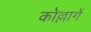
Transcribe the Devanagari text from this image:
कोल्लागें